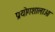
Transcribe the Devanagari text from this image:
प्रयोगशालाओ